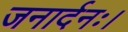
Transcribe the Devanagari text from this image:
जनार्दनः।